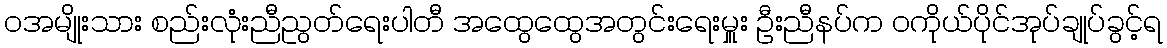
၀အမျိုးသား စည်းလုံးညီညွတ်ရေးပါတီ အထွေထွေအတွင်းရေးမှူး ဦးညီနပ်က ဝကိုယ်ပိုင်အုပ်ချုပ်ခွင့်ရ